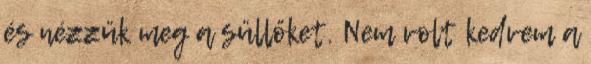
és nézzük meg a süllőket. Nem volt kedvem a